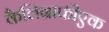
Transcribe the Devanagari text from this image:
कैलिग्राफीएक